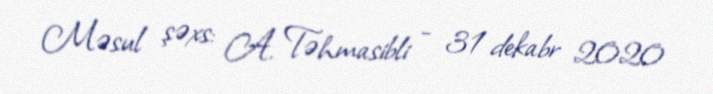
Məsul şəxs: A. Təhmasibli - 31 dekabr 2020